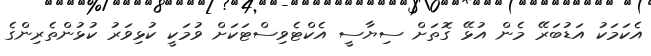
އެކަމަކު އަޑުބަރޭ މެން އުޅޭ ގޮތަށް ސިޔާސީ އެކްޓެވިސްޓަކަށް ވުމަކީ ކުޅިވަރު ކުޅުންތެރިންގެ